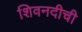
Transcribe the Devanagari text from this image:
शिवनदीची